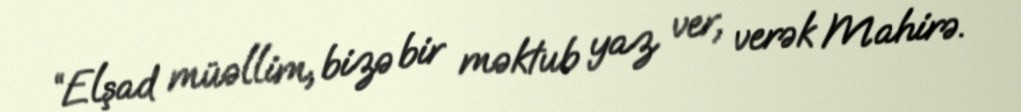
“Elşad müəllim, bizə bir məktub yaz ver, verək Mahirə.